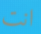
انت